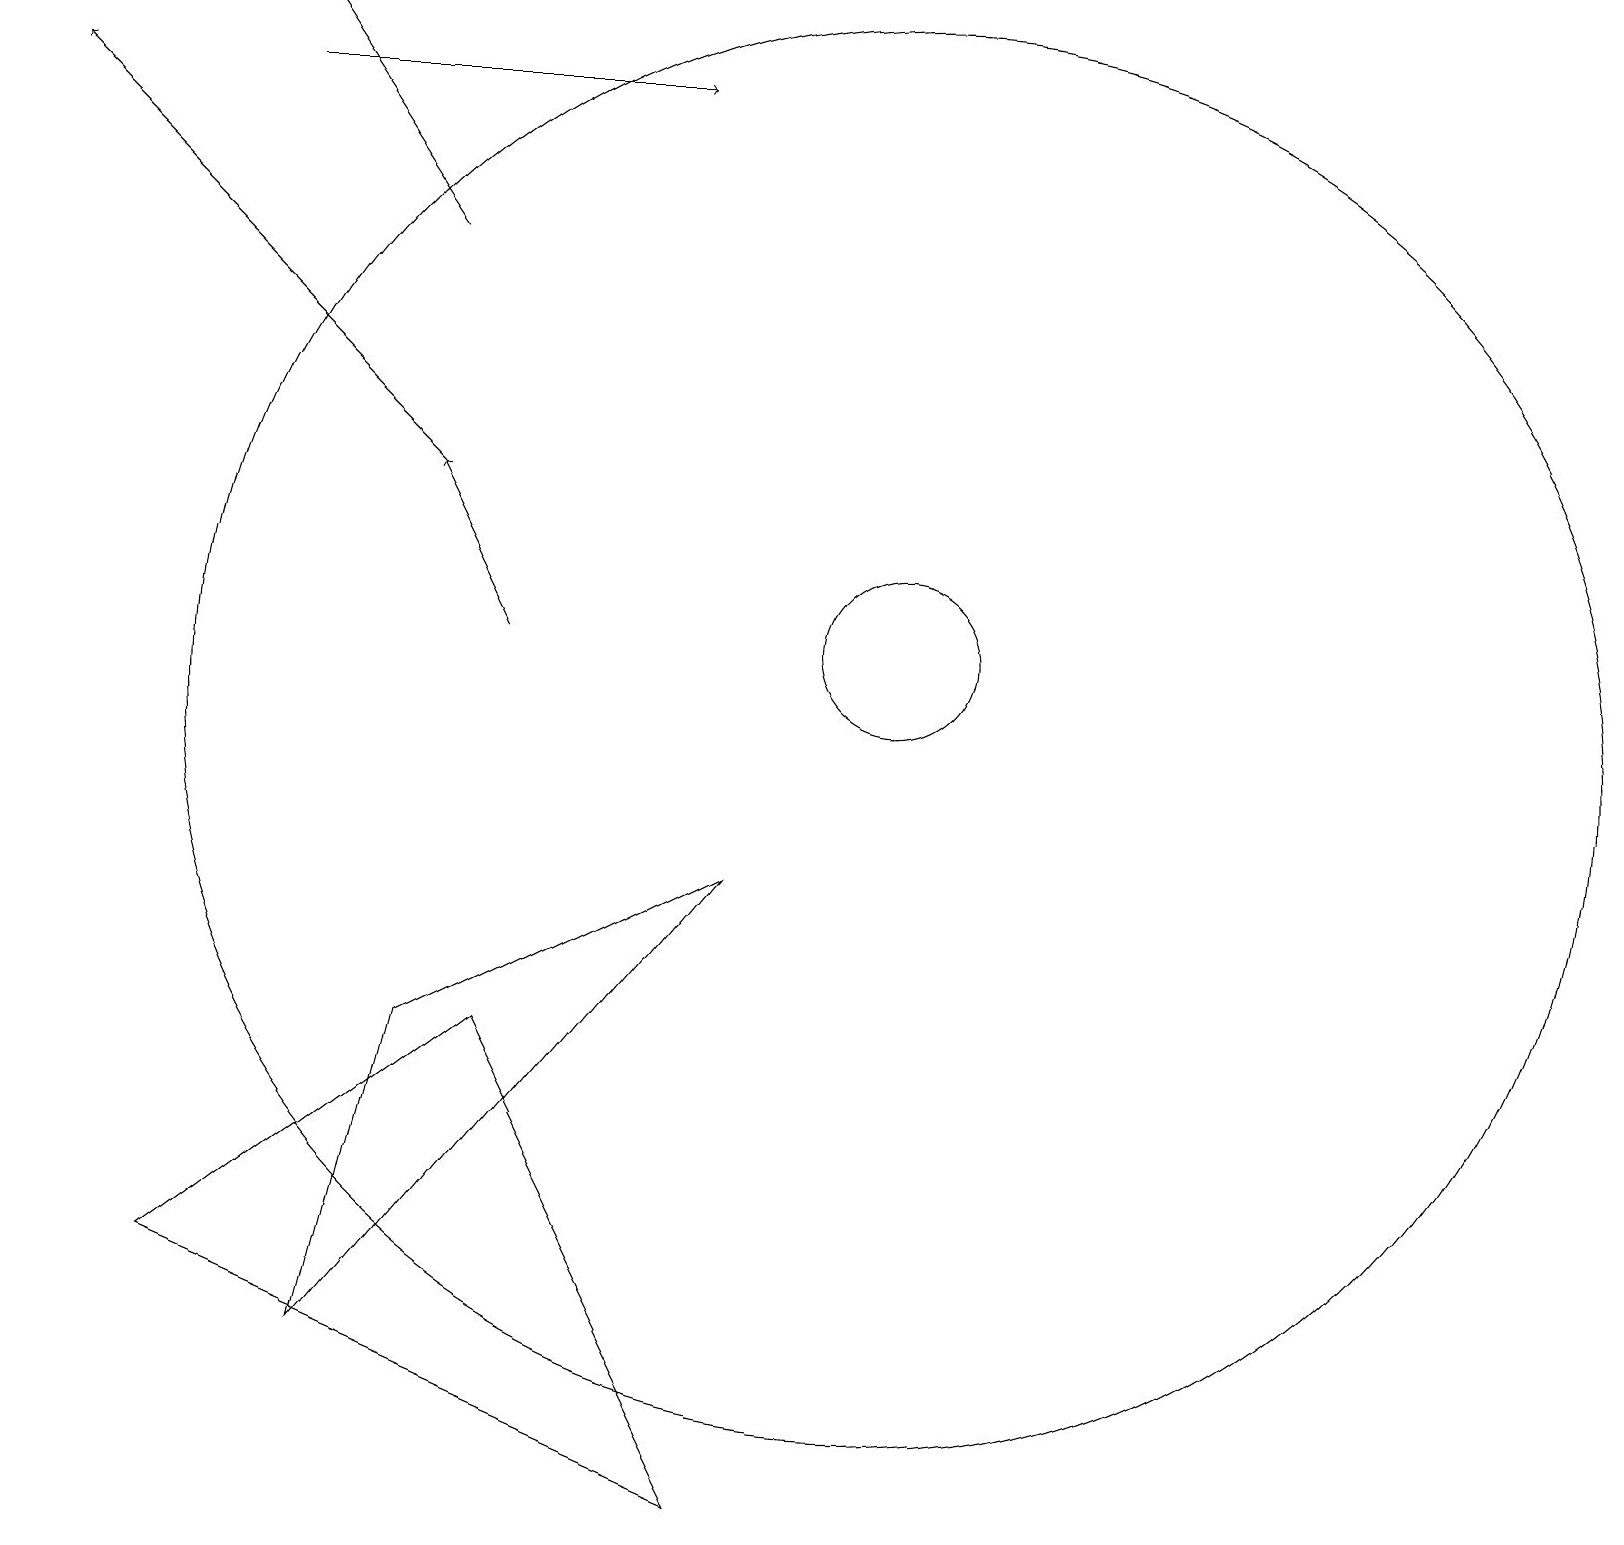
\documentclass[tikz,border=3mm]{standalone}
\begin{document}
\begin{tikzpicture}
\draw[->] (6,11) -- (5,13);
\draw (2,3) -- (9,0) -- (6,6) -- cycle;
\draw (11,11) circle (1);
\draw[->] (5,16) -- (3,19);
\draw (5,6) -- (4,2) -- (9,8) -- cycle;
\draw (11,10) circle (9);
\draw[->] (5,13) -- (0,18);
\draw[->] (3,18) -- (8,18);
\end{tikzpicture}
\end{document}